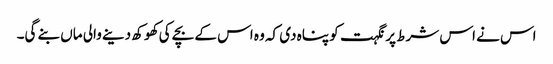
اس نے اس شرط پر نگہت کو پناہ دی کہ وہ اس کے بچے کی کھوکھ دینے والی ماں بنے گی۔